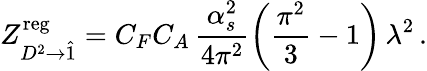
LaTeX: Z_{D^{2}\to\hat{1}}^{\mathrm{reg}}=C_{F}C_{A}\, \frac{\alpha_{s}^{2}}{4\pi^{2}}\bigg(\frac{\pi^{2}}{3}-1\bigg)\, \lambda^{2}\, .